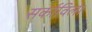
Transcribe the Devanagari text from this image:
सर्काविला